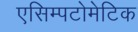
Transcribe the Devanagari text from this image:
एसिम्पटोमेटिक